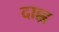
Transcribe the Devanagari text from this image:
दाह्ल